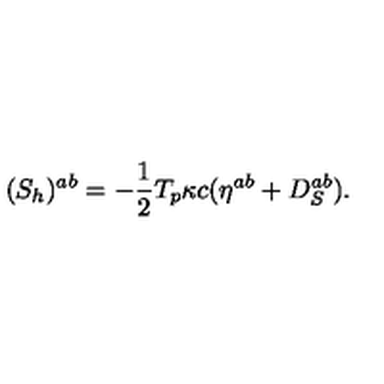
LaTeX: ( { S } _ { h } ) ^ { a b } = { - { \frac { 1 } { 2 } } T _ { p } \kappa c } ( \eta ^ { a b } + D _ { S } ^ { a b } ) .